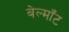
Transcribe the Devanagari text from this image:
बेल्माँट